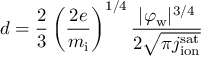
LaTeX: d = { \frac { 2 } { 3 } } \left( { \frac { 2 e } { m _ { \mathrm { i } } } } \right) ^ { 1 / 4 } { \frac { | \varphi _ { \mathrm { w } } | ^ { 3 / 4 } } { 2 { \sqrt { \pi j _ { \mathrm { i o n } } ^ { \mathrm { s a t } } } } } }